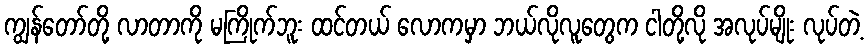
ကျွန်တော်တို့ လာတာကို မကြိုက်ဘူး ထင်တယ် လောကမှာ ဘယ်လိုလူတွေက ငါတို့လို အလုပ်မျိုး လုပ်တဲ့